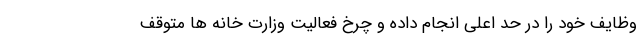
وظایف خود را در حد اعلی انجام داده و چرخ فعالیت وزارت خانه ها متوقف